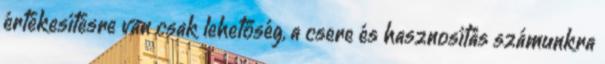
értékesítésre van csak lehetőség, a csere és hasznosítás számunkra